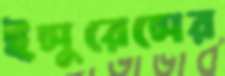
ইন্সুরেন্সের